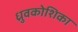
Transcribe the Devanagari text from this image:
ध्रुवकोशिका